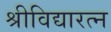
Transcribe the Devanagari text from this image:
श्रीविद्यारत्न